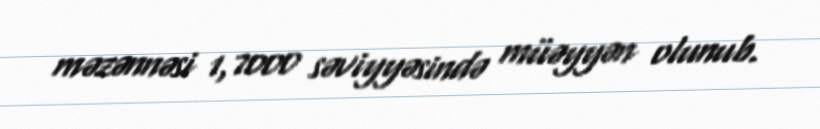
məzənnəsi 1,7000 səviyyəsində müəyyən olunub.